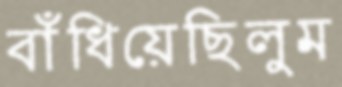
বাঁধিয়েছিলুম